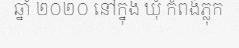
ឆ្នាំ ២០២០ នៅក្នុង ឃុំ កំពង់ភ្លុក